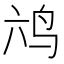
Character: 𮭣